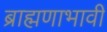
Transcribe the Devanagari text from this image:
ब्राह्मणाभावीं